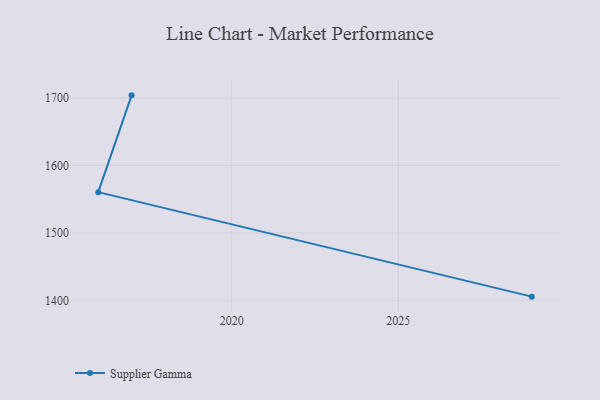
{"axis": {"x": "Year", "y": "Temperature (°C)"}, "legend": ["Supplier Gamma"], "data": [{"x": "2029", "y": 1405.5, "type": "Supplier Gamma"}, {"x": "2016", "y": 1560.5, "type": "Supplier Gamma"}, {"x": "2017", "y": 1704.1, "type": "Supplier Gamma"}]}